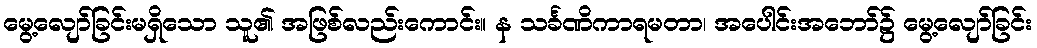
မွေ့လျော်ခြင်းမရှိသော သူ၏ အဖြစ်လည်းကောင်း။ န သင်္ခဏိကာရမတာ၊ အပေါင်းအဘော်၌ မွေ့လျော်ခြင်း